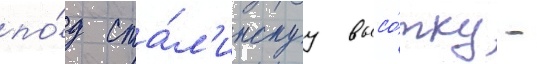
по́д ста́л'инскуу высо́тку -